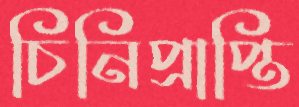
চিনিপ্রাপ্তি